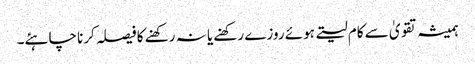
ہمیشہ تقویٰ سے کام لیتے ہوئے روزے رکھنے یا نہ رکھنے کا فیصلہ کرنا چاہئے۔